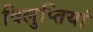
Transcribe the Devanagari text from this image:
विलुप्तियां